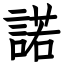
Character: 諾